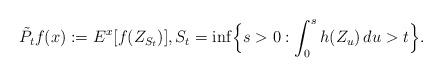
LaTeX: \begin{align*}\tilde P_t f(x):=E^x[f(Z_{S_t})],S_t=\inf\Bigl\{s>0: \int_0^s h(Z_u)\,du >t\Bigr\}.\end{align*}